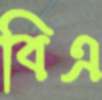
বিএ